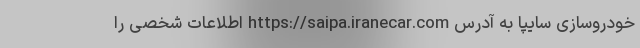
خودروسازی سایپا به آدرس https://saipa.iranecar.com اطلاعات شخصی را